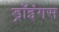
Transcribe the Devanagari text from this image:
ड्रॉइंगस